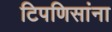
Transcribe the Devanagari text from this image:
टिपणिसांना